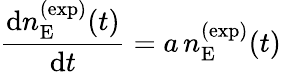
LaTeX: \frac{\mathop{}\! {\mathrm d}n_{\mathrm{E}}^{(\mathrm{exp})}(t)}{\mathop{}\! {\mathrm d}t}=a\, n_{\mathrm{E}}^{(\mathrm{exp})}(t)